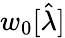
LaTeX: w_{0}[\hat{\lambda}]